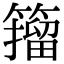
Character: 籀